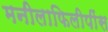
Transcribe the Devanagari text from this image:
मनीलाफिलीपींस